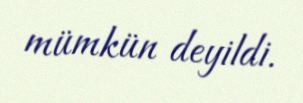
mümkün deyildi.